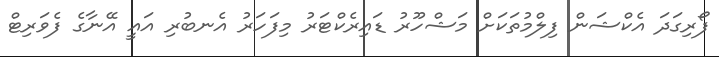
ފޯރިގަދަ އެކްޝަން ފިލްމުތަކަށް މަޝްހޫރު ޑައިރެކްޓަރު މިފަހަރު އެނބުރި އައީ އޭނާގެ ފެވަރިޓް